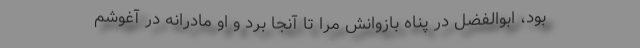
بود، ابوالفضل در پناه بازوانش مرا تا آنجا برد و او مادرانه در آغوشم